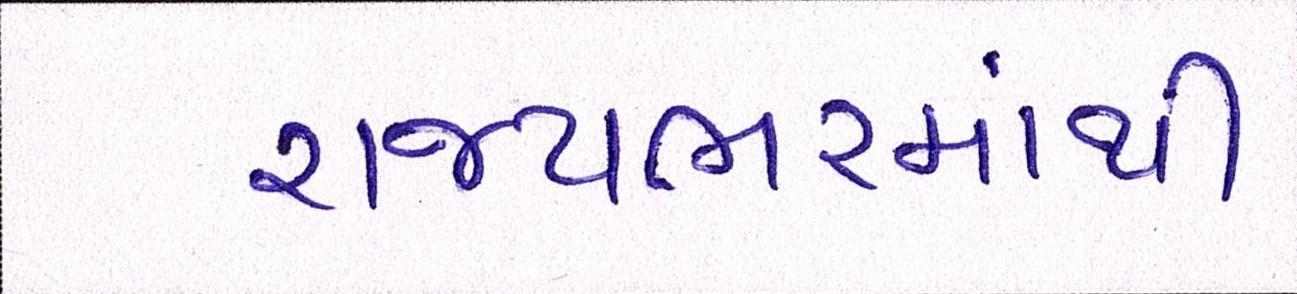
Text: રાજયભરમાંથી